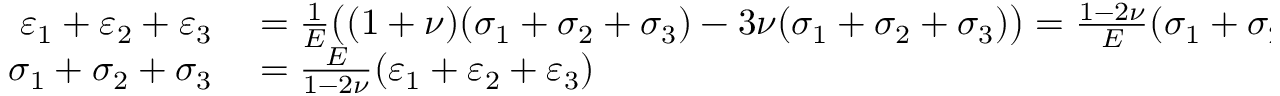
\begin{array} { r l } { \varepsilon _ { 1 } + \varepsilon _ { 2 } + \varepsilon _ { 3 } } & { { } = { \frac { 1 } { E } } { \big ( } ( 1 + \nu ) ( \sigma _ { 1 } + \sigma _ { 2 } + \sigma _ { 3 } ) - 3 \nu ( \sigma _ { 1 } + \sigma _ { 2 } + \sigma _ { 3 } ) { \big ) } = { \frac { 1 - 2 \nu } { E } } ( \sigma _ { 1 } + \sigma _ { 2 } + \sigma _ { 3 } ) } \\ { \sigma _ { 1 } + \sigma _ { 2 } + \sigma _ { 3 } } & { { } = { \frac { E } { 1 - 2 \nu } } ( \varepsilon _ { 1 } + \varepsilon _ { 2 } + \varepsilon _ { 3 } ) } \end{array}